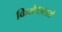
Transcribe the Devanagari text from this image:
किये।उससे